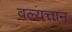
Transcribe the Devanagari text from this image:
वल्यत्तान